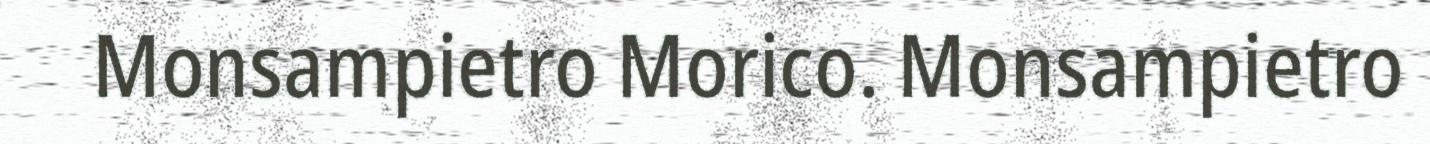
Monsampietro Morico. Monsampietro